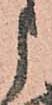
申